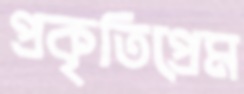
প্রকৃতিপ্রেম